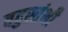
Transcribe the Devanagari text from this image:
बहुस्तंभी